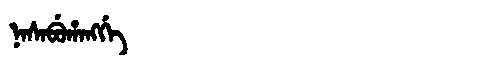
Manchu: ᠨᠠᠰᠠᠪᡠᡥᠠᠩᡤᡝ
Romanization: NASABUHANGGE